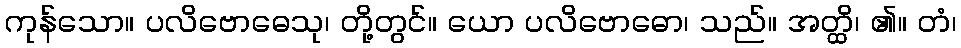
ကုန်သော။ ပလိဗောဓေသု၊ တို့တွင်။ ယော ပလိဗောဓော၊ သည်။ အတ္ထိ၊ ၏။ တံ၊